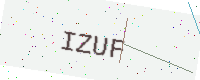
Text: IZUF